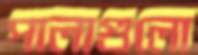
পালাগুলো